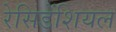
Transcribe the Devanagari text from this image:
रेसिडेंशियल